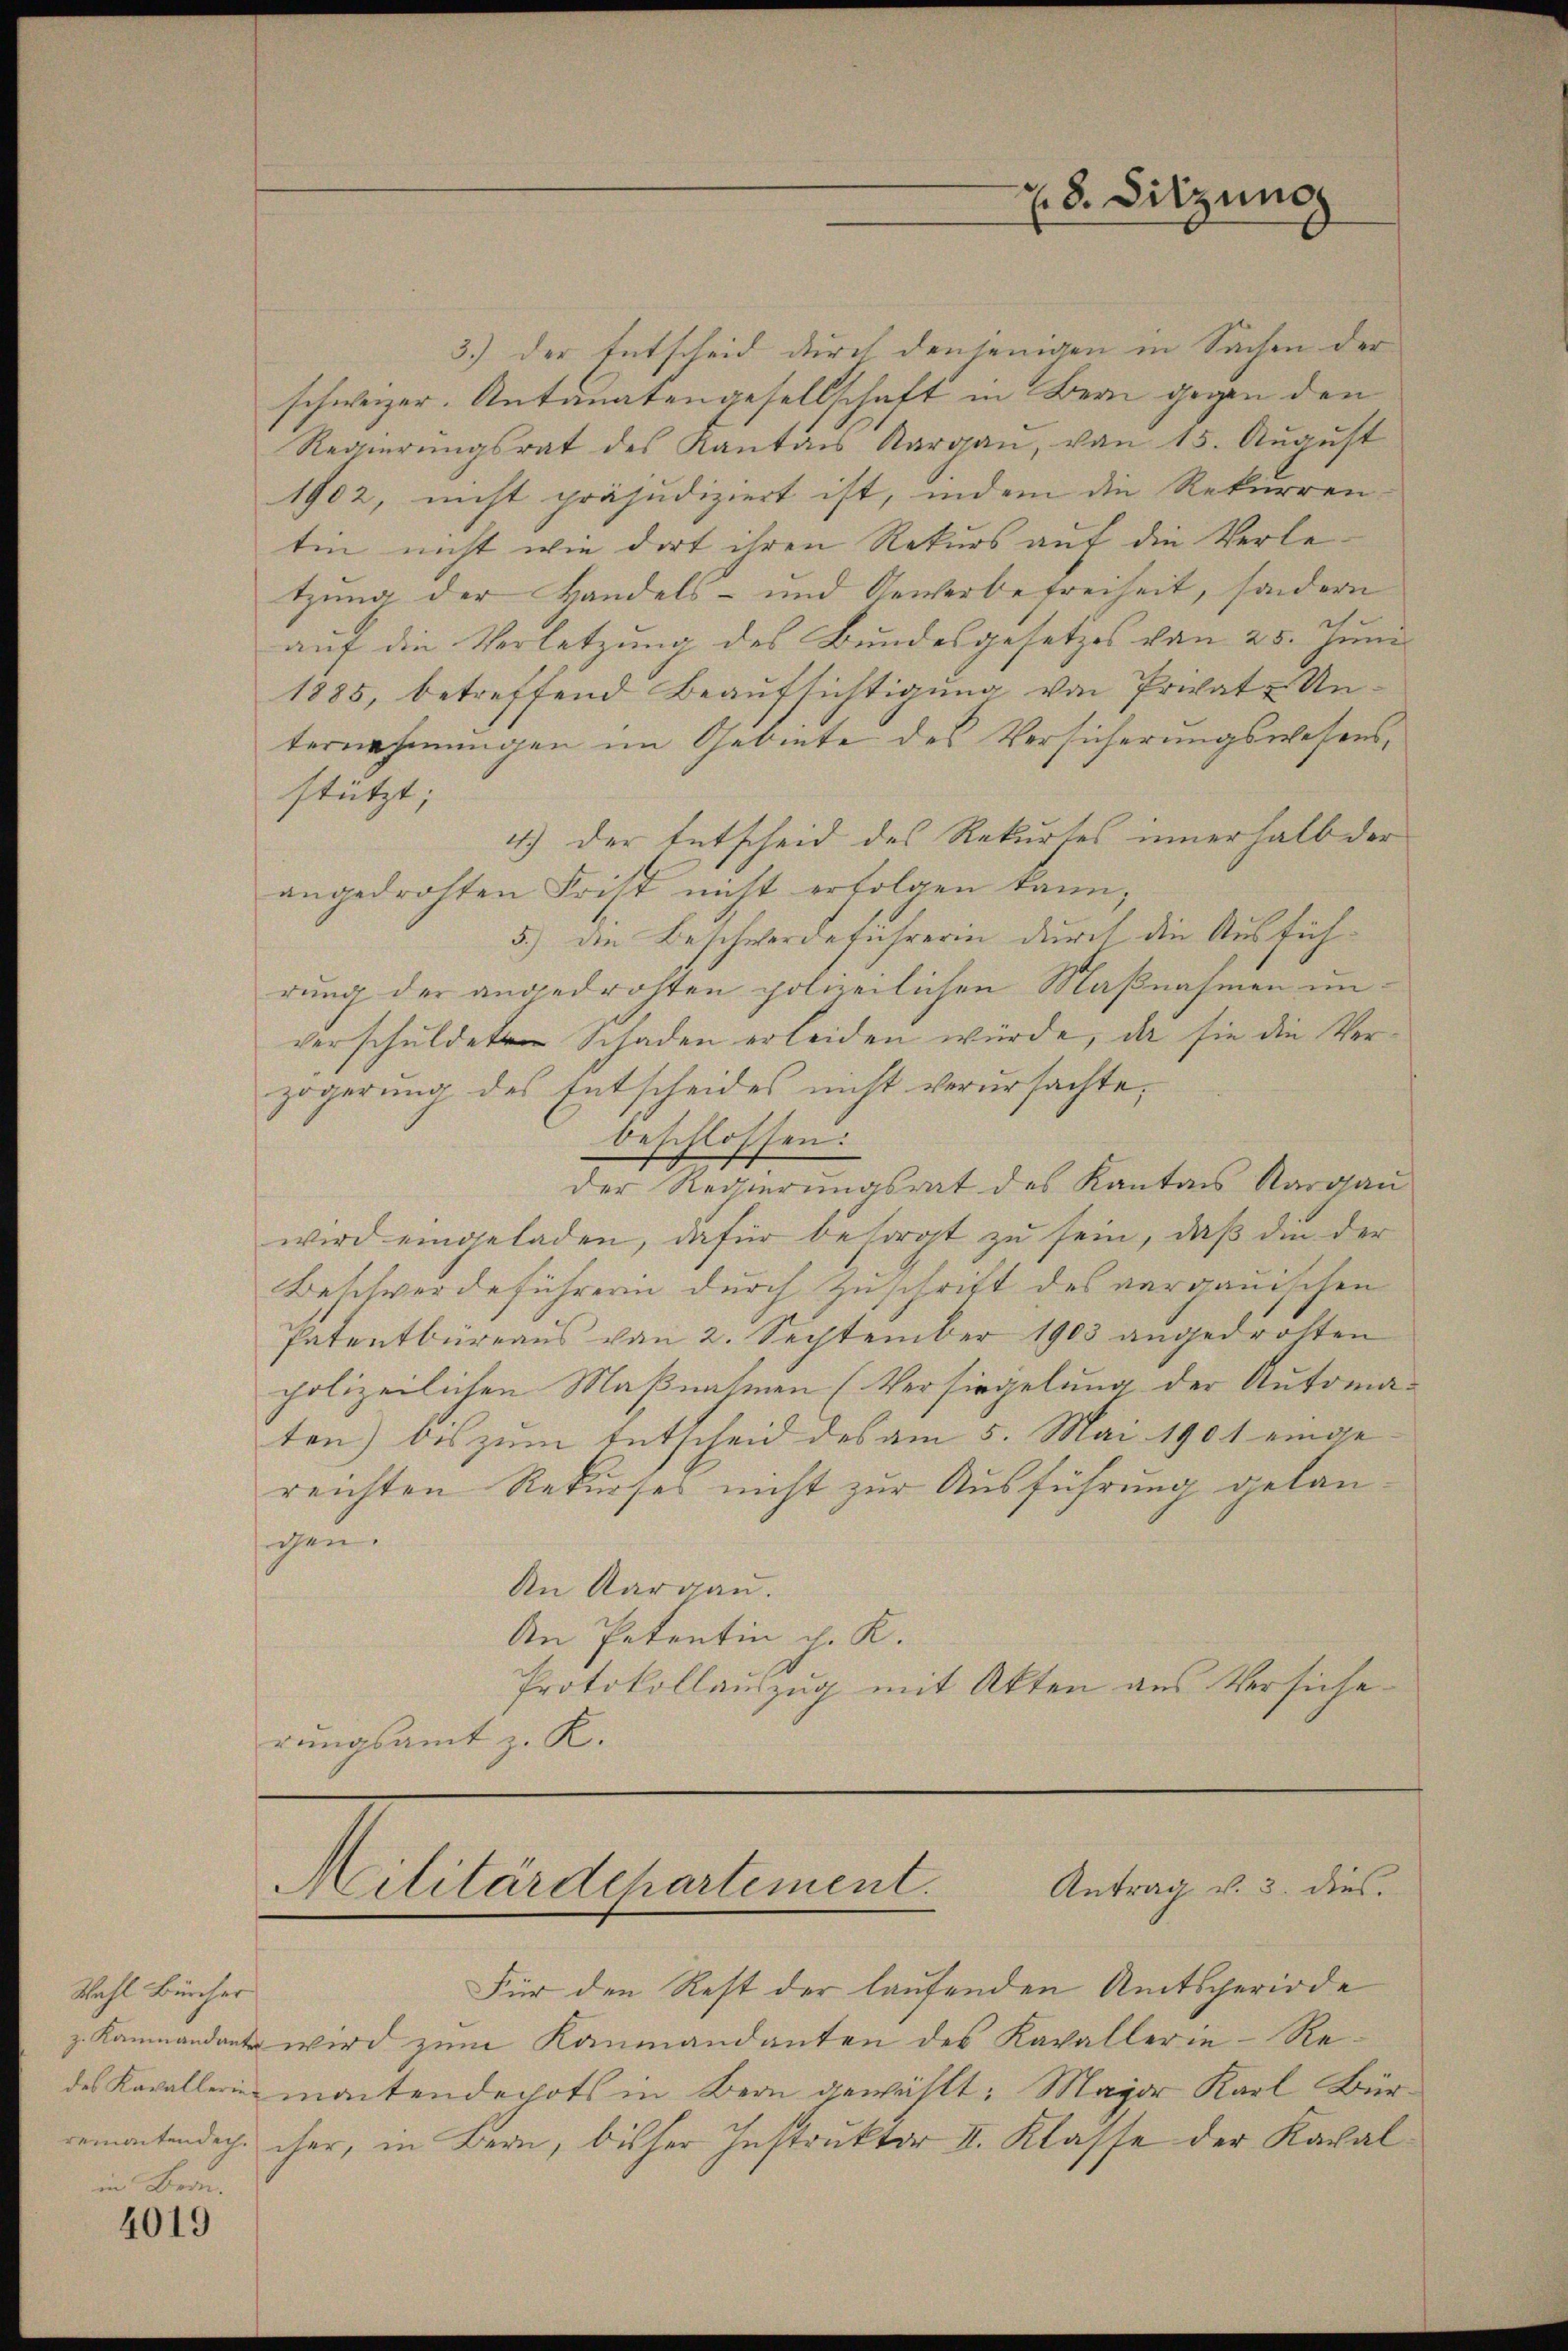
Wahl Bürcher

in Bern.
4019

3.) Der Entscheid durch denjenigen in Sachen der
schweizer. Antanatengesellschaft in Bern gegen den
Regierŭngsrat des Kantons Aargaŭ, von 15. Aŭgŭst
1902, nicht präjudiziert ist, indem die Rekurrentin nicht wie dort ihren Rekurs auf die Verletzung der Handels- und Gewerbefreiheit, sondern
auf die Verletzung des Bundesgesetzes von 25. Juni
1885, betreffend Beaufsichtigung von Privat Unternehmungen im Gebiete des Versicherungswesens,
stützt;
4.) Der Entscheid des Rekurtes innerhalb der
angedrohten Frist nicht erfolgen kann;
5.) Die Beschwerdeführerin durch die Ausführung der angedrohten polizeilichen Maßnahmen unverschuldeten Schaden erleiden würde, da sie die Verzögerung des Entscheides nicht verursachte,
beschlossen:
der Regierungsrat des Kanton Aargau
wird eingeladen, dafür besorgt zu sein, daß die der
Beschwerdeführerin durch Zuschrift des aargauischen
Patentbüreaus von 2. September 1903 angedrohten
polizeilichen Maßnahmen (Versiegelung der Automa-
ten) bis zum Entscheid des am 5. Mai 1901 einge
reichten Rekurses nicht zur Ausführung gelangen.
An Aargau.
An Petentin d. K.
Protokollauszug mit Akten aus Versicherungsamt z. K.

. 8. Sitzung

Antrag v. 3. dies.
Militärdepartement.

Für den Rest der laufenden Amtsperiode
z. Kammandant wird zum Kanmandanten des Kavallerie-Redes Kavallerin mantendepots in Bern gewählt. Major Karl Bürremontendech her, in Bern, bisher Instruktor II. Klasse der Kaval¬